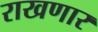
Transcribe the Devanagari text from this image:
राखणार